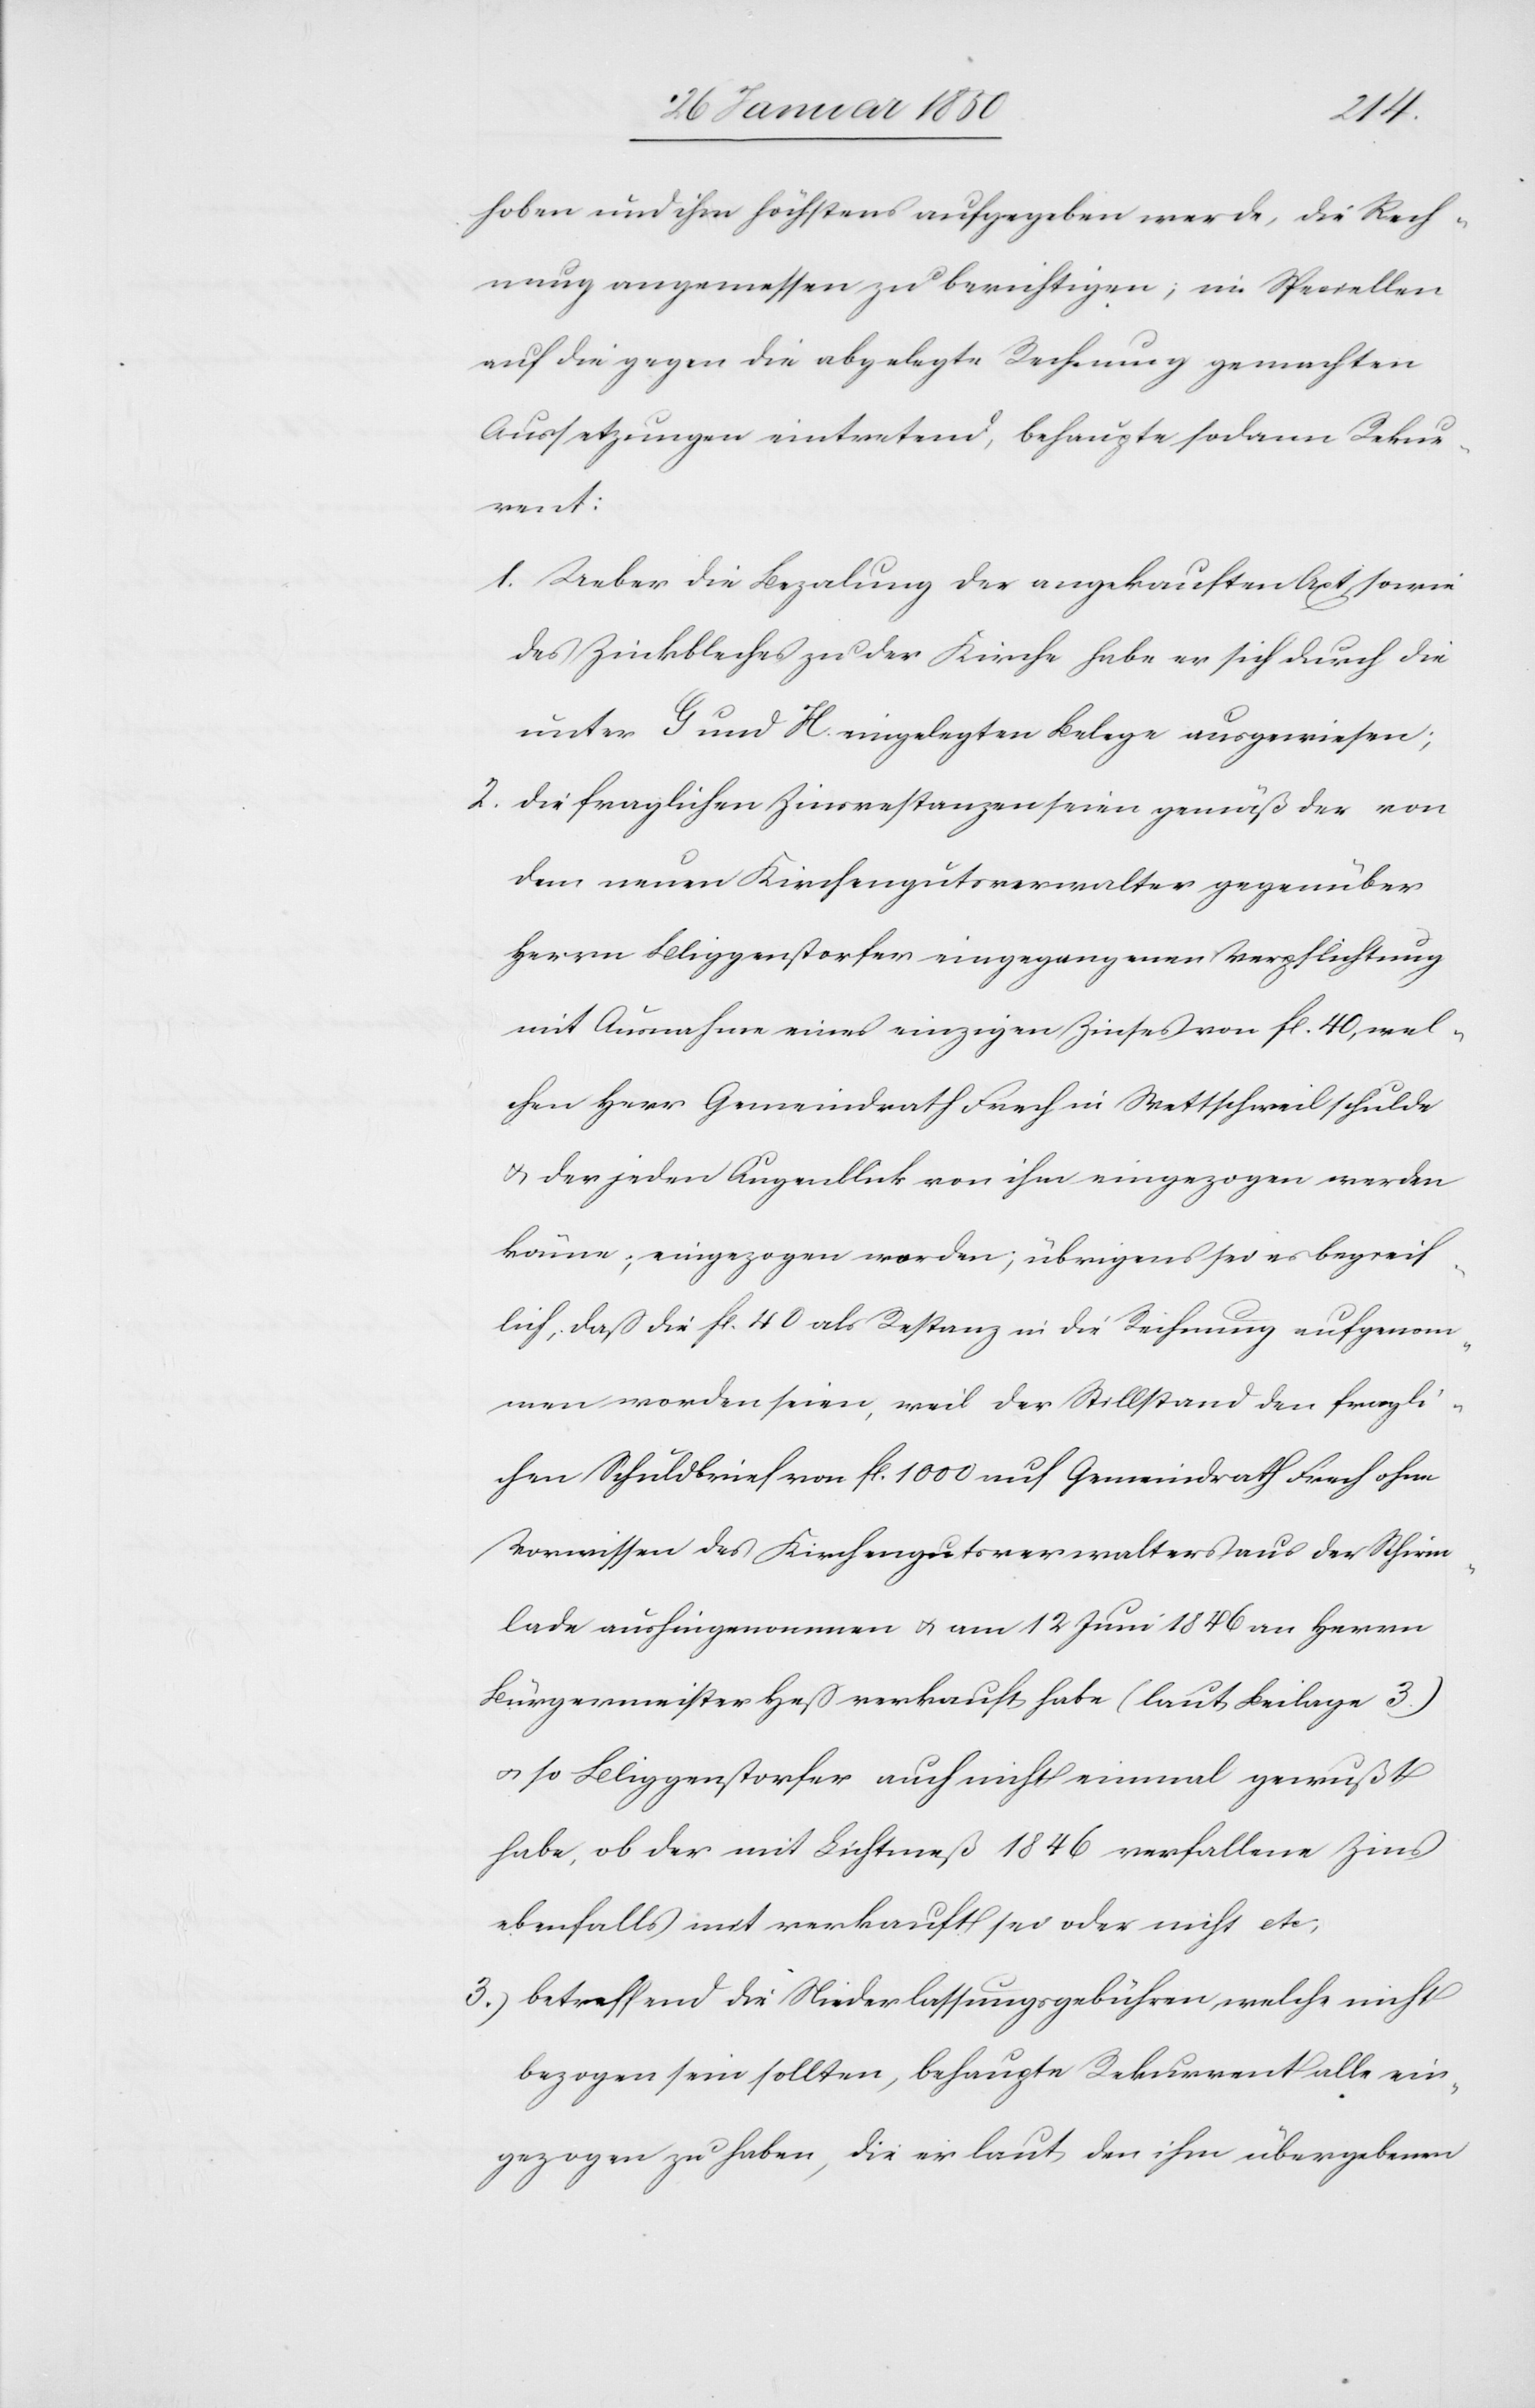
hoben und ihm höchstens aufgegeben werde, die Rech¬
nung angemessen zu berichtigen; im Speciellen
auf die gegen die abgelegte Rechnung gemachten
Aussetzungen eintretend, behaupte sodann Rekur¬
rent:
1. Ueber die Bezalung der angekauften Axt sowie
des Zinkbleches zu der Kirche habe er sich durch die
unter G und H eingelegten Belege ausgewiesen;
2. die fraglichen Zinsrestanzen seien gemäß der von
dem neuen Kirchengutsverwalter gegenüber
Herrn Bliggenstorfer eingegangenen Verpflichtung
mit Ausnahme eines einzigen Zinses von fl. 40, wel¬
chen Herr Gemeindrath Frech in Wettschweil schulde
u. der jeden Augenblick von ihm eingezogen werden
könne; eingezogen worden; übrigens sei es begreif¬
lich, daß die fl. 40 als Restanz in die Rechnung aufgenom¬
men worden seien, weil der Stillstand den fragli¬
chen Schuldbrief von fl. 1000 auf Gemeindrath Frech ohne
Vorwissen des Kirchengutsverwalters aus der Schirm¬
lade aushingenommen u. am 12. Juni 1846 an Herrn
Bürgermeister Heß verkauft habe (laut Beilage 3.)
u. so Bliggenstorfer auch nicht einmal gewußt
habe, ob der mit Lichtmeß 1846 verfallene Zins
ebenfalls mit verkauft sei oder nicht etc.
3.) betreffend die Niederlassungsgebühren, welche nicht
bezogen sein sollten, behaupte Rekurrent alle ein¬
gezogen zu haben, die er laut den ihm übergebenen